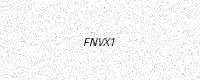
Text: FNVX1